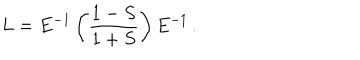
L = E ^ { - 1 } \left( \frac { 1 - S } { 1 + S } \right) E ^ { - 1 } \, .